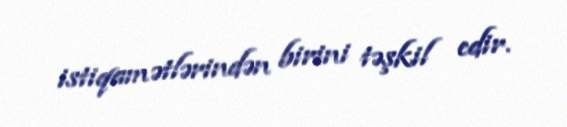
istiqamətlərindən birini təşkil edir.